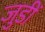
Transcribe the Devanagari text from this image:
जुडीं